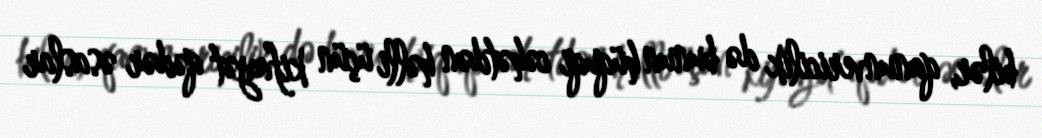
bilər, qanunvericilik də bunun hüquqi cəhətdən həlli üçün kifayət qədər əsaslar